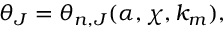
\begin{array} { r } { \theta _ { J } = \theta _ { n , J } ( \alpha , \chi , k _ { m } ) , } \end{array}